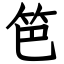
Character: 笆